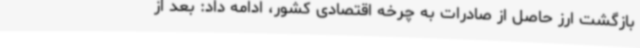
بازگشت ارز حاصل از صادرات به چرخه اقتصادی کشور، ادامه داد: بعد از